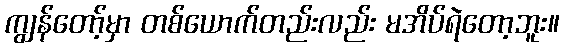
ကျွန်တော့်မှာ တစ်ယောက်တည်းလည်း မအိပ်ရဲတော့ဘူး။